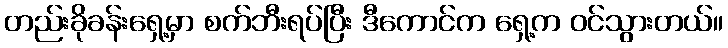
တည်းခိုခန်းရှေ့မှာ စက်ဘီးရပ်ပြီး ဒီကောင်က ရှေ့က ဝင်သွားတယ်။